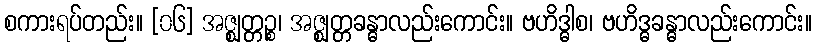
စကားရပ်တည်း။ [၀၆] အဇ္ဈတ္တဉ္စ၊ အဇ္ဈတ္တခန္ဓာလည်းကောင်း။ ဗဟိဒ္ဓါစ၊ ဗဟိဒ္ဓခန္ဓာလည်းကောင်း။